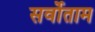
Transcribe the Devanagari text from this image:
सर्वोताम